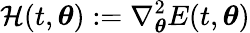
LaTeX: \mathcal{H}(t,{\boldsymbol{\theta}}):=\nabla_{\boldsymbol{\theta}}^{2}E(t,{\boldsymbol{\theta}})